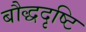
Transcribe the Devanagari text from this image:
बौद्धदृष्टि